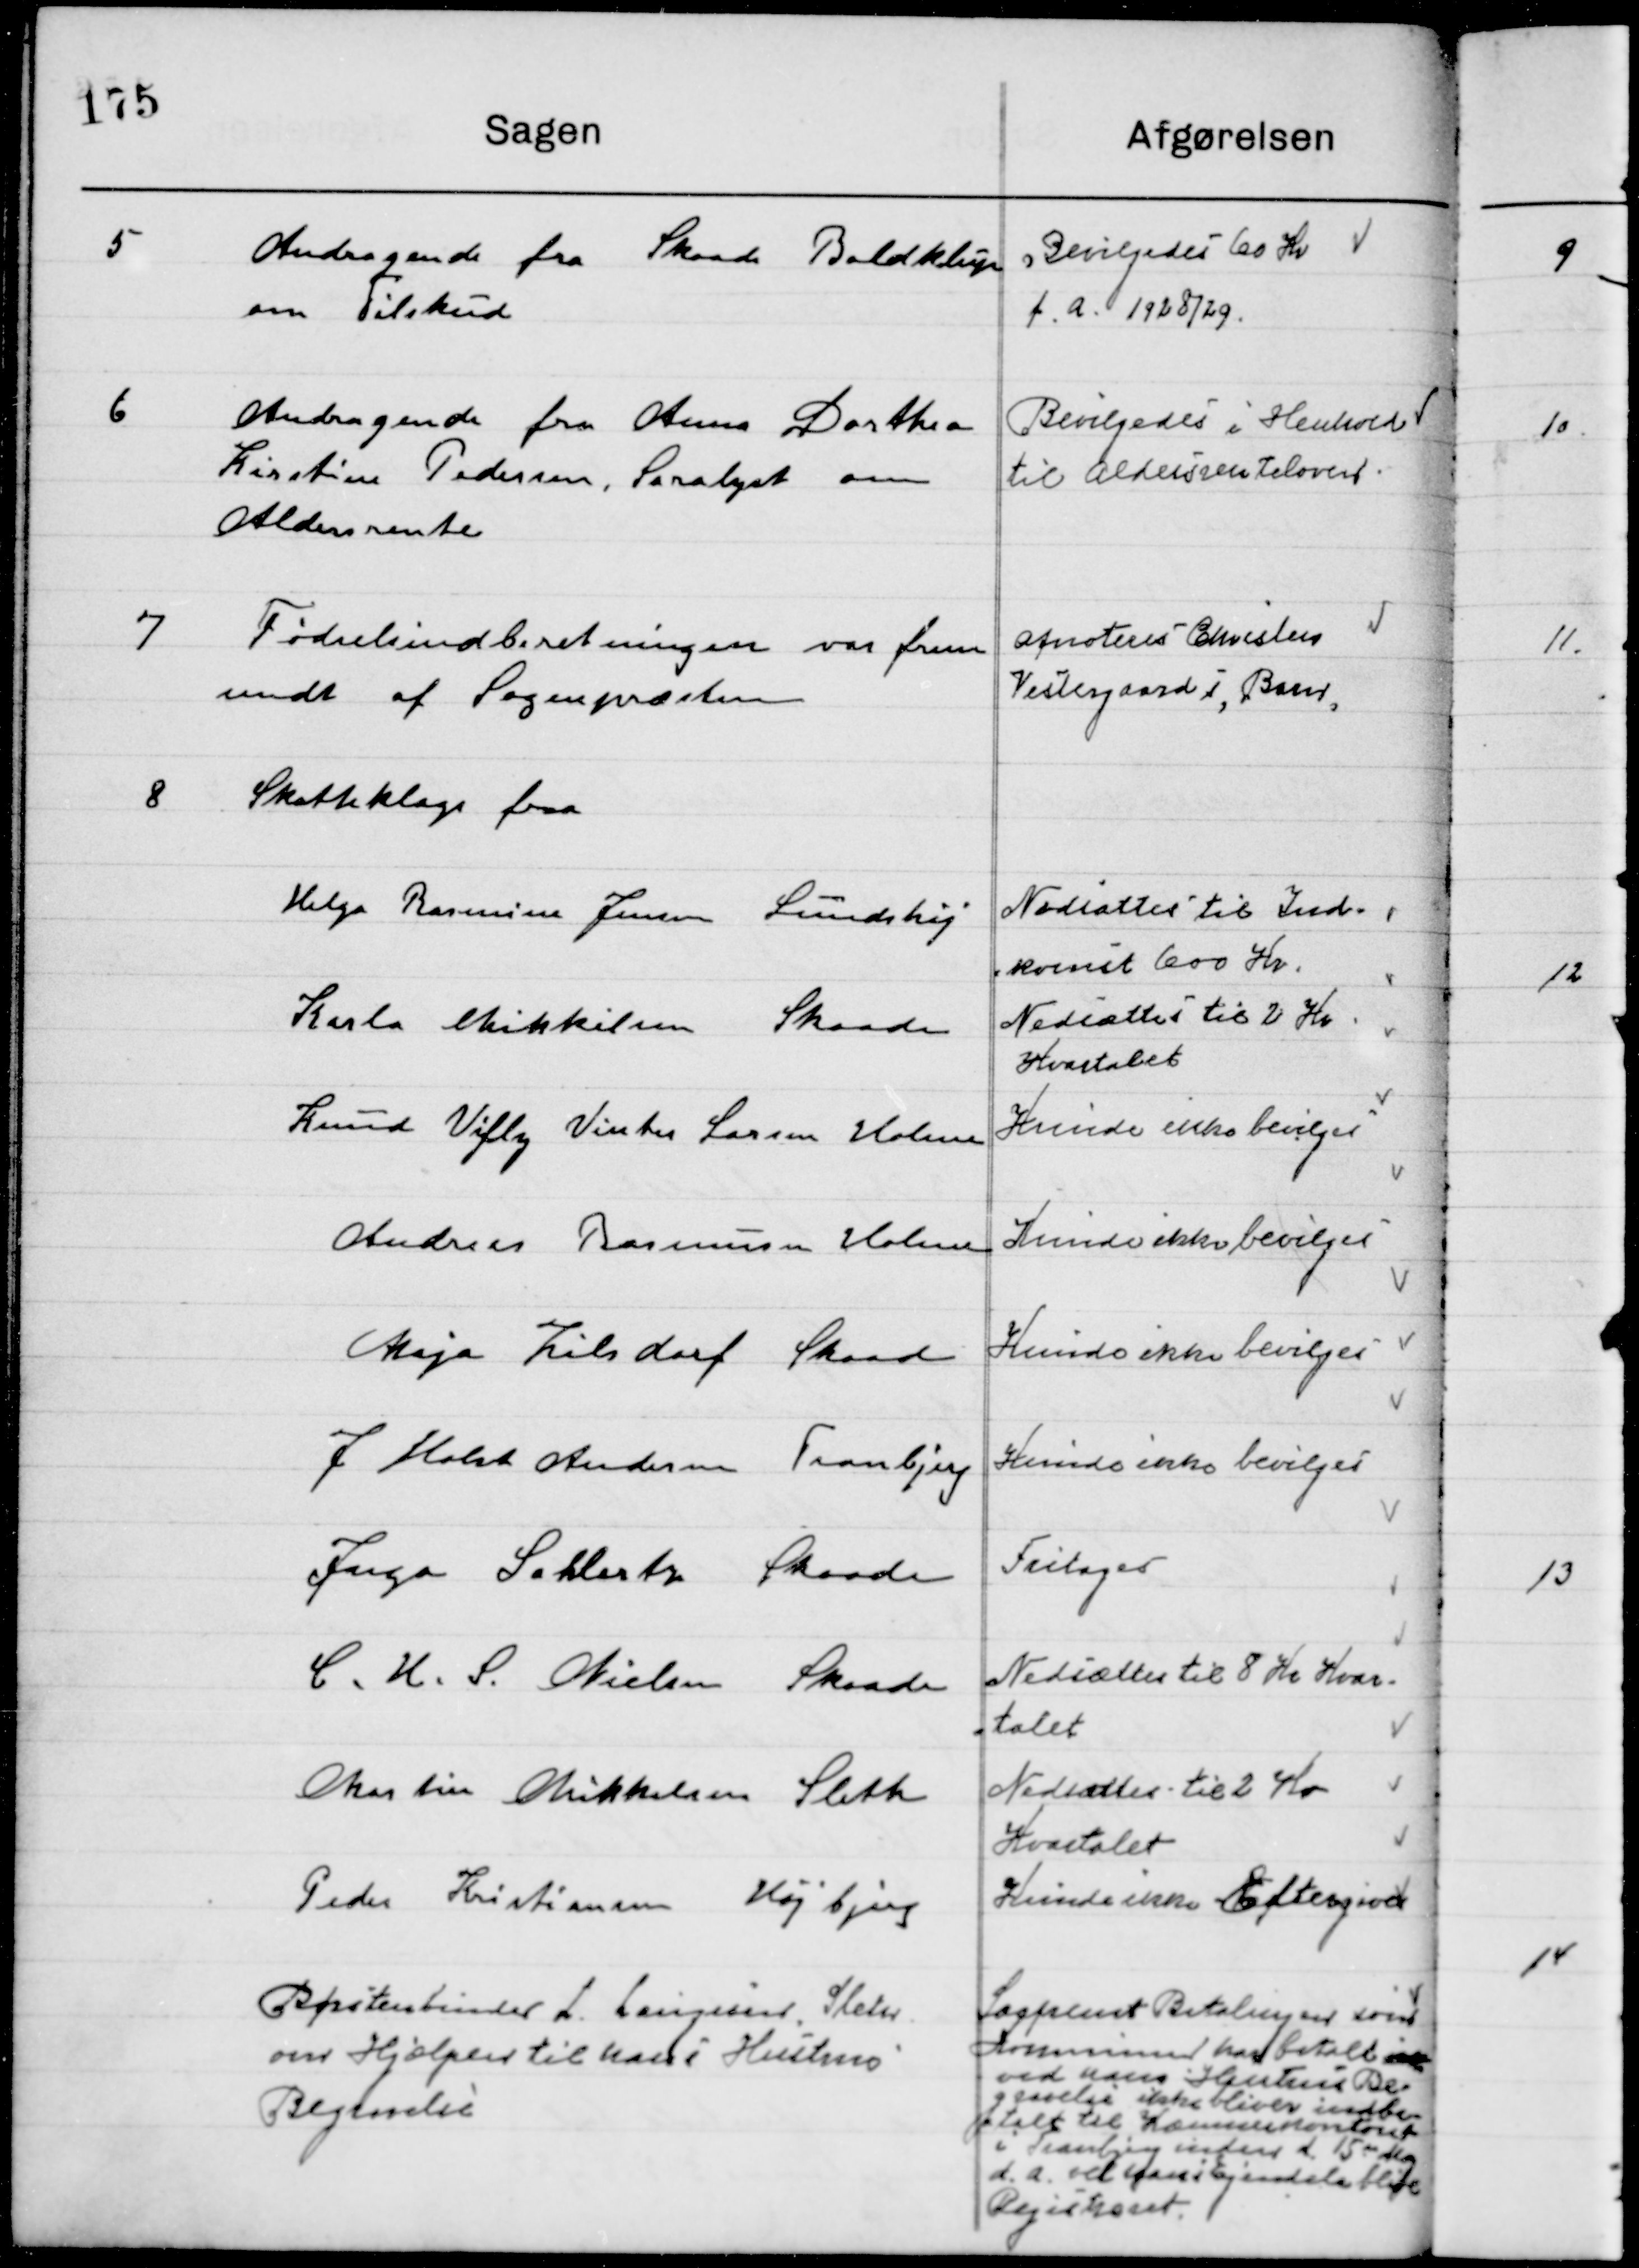
Transskription:
5

Andragende fra Skaade Boldklub
om Tilskud

Bevilgedes 60 Kr.
f. a. 1928/29.

6

Andragende fra Anna Dorthea
Kirstine Pedersen, Saralyst om 
Aldersrente.

Bevilgedes i Henholdt
Til Aldersrenteloven

7

Fødselsindberetning var frem-
sendt af Sognepræsten

Noteres Christen
Vestergaards Barn

8

Skatteklage fra

Børstenbinder L. Langesen Sleth
om Hjælp til hans Hustrus
Begravelse

Suppleret Betalinger som
Kommunen har betalt  
ved Hans Hustrus Be-
gravelse ikke blive indbe-
talt til Kæmnerkontoret
i Tranbjerg inden d. 15de Maj
d. a. vil hans Ejendele blive
Registreret.